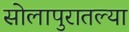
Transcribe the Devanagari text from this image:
सोलापुरातल्या